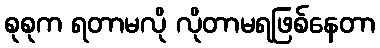
စုစုက ရတာမလို လိုတာမရဖြစ်နေတာ